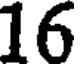
16